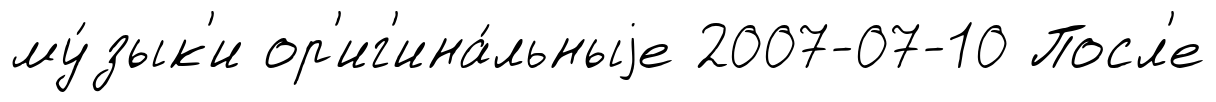
му́зык'и ор'иг'ина́льныjе 2007-07-10 Посл'е